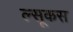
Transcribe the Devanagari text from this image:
ल्सूकस